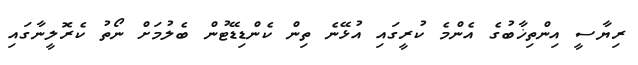
ރިޔާސީ އިންތިޚާބުގެ އެންމެ ކުރީގައި އުޅޭނެ ތިން ކެންޑިޑޭޓުން ބެލުމަށް ނޯތު ކެރޮލީނާގައި